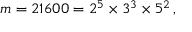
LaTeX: m = 2 1 6 0 0 = 2 ^ { 5 } \times 3 ^ { 3 } \times 5 ^ { 2 } \, ,